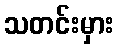
သတင်းမှား